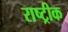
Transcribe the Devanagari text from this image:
राष्ट्रीक